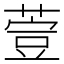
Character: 𦷳